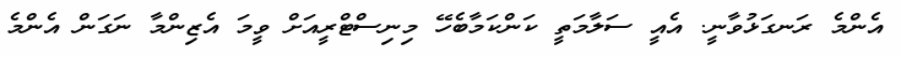
އެންމެ ރަނގަޅުވާނީ. އެއީ ސަލާމަތީ ކަންކަމާބެހޭ މިނިސްޓްރީއަށް ވީމަ އެޒިންމާ ނަގަން އެންމެ